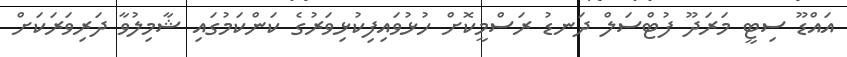
އައްޑޫ ސިޓީ މަރަދޫ ފުޓްސަލް ދަނޑު ރަސްމީކޮށް ހުޅުވައިފިކުޅިވަރުގެ ކަންކަމުގައި ޝާމިލުވާ ދަރިވަރަކަށް